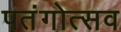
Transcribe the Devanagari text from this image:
पतंगोत्सव